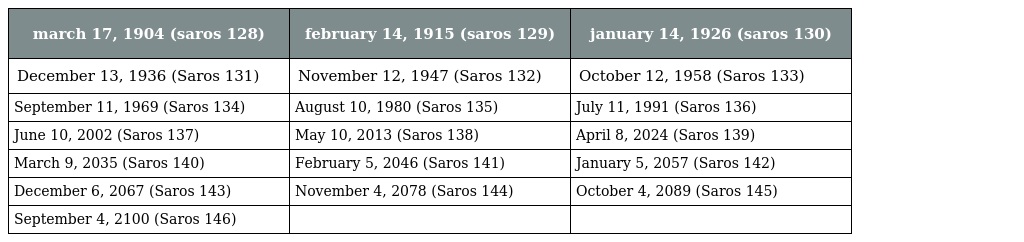
| march 17, 1904 (saros 128) | february 14, 1915 (saros 129) | january 14, 1926 (saros 130) |
 | --- | --- | --- |
 | December 13, 1936 (Saros 131) | November 12, 1947 (Saros 132) | October 12, 1958 (Saros 133) |
 | September 11, 1969 (Saros 134) | August 10, 1980 (Saros 135) | July 11, 1991 (Saros 136) |
 | June 10, 2002 (Saros 137) | May 10, 2013 (Saros 138) | April 8, 2024 (Saros 139) |
 | March 9, 2035 (Saros 140) | February 5, 2046 (Saros 141) | January 5, 2057 (Saros 142) |
 | December 6, 2067 (Saros 143) | November 4, 2078 (Saros 144) | October 4, 2089 (Saros 145) |
 | September 4, 2100 (Saros 146) |  |  |